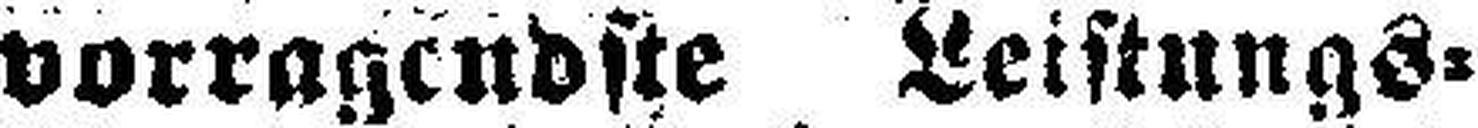
vorragendste Leistungs¬